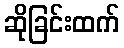
ဆိုခြင်းထက်